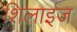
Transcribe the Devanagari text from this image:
शिलाइज